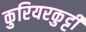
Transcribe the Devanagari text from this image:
कुरियरकुट्टी